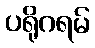
ပရိုဂရမ်